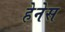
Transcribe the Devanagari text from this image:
हेनेस